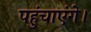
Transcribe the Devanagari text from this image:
पहुंचाएंगे।